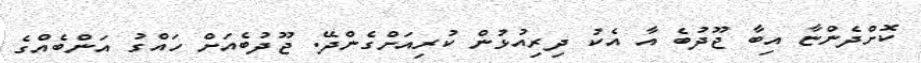
ކޮށްދެންޏާ އިބާ ޖޫދުބެ އާ އެކު ދިރިއުޅުން ކުރިއަށްގެންދޭ. ޖޫދުބެއަށް ހައްގު އަންބެއްގެ